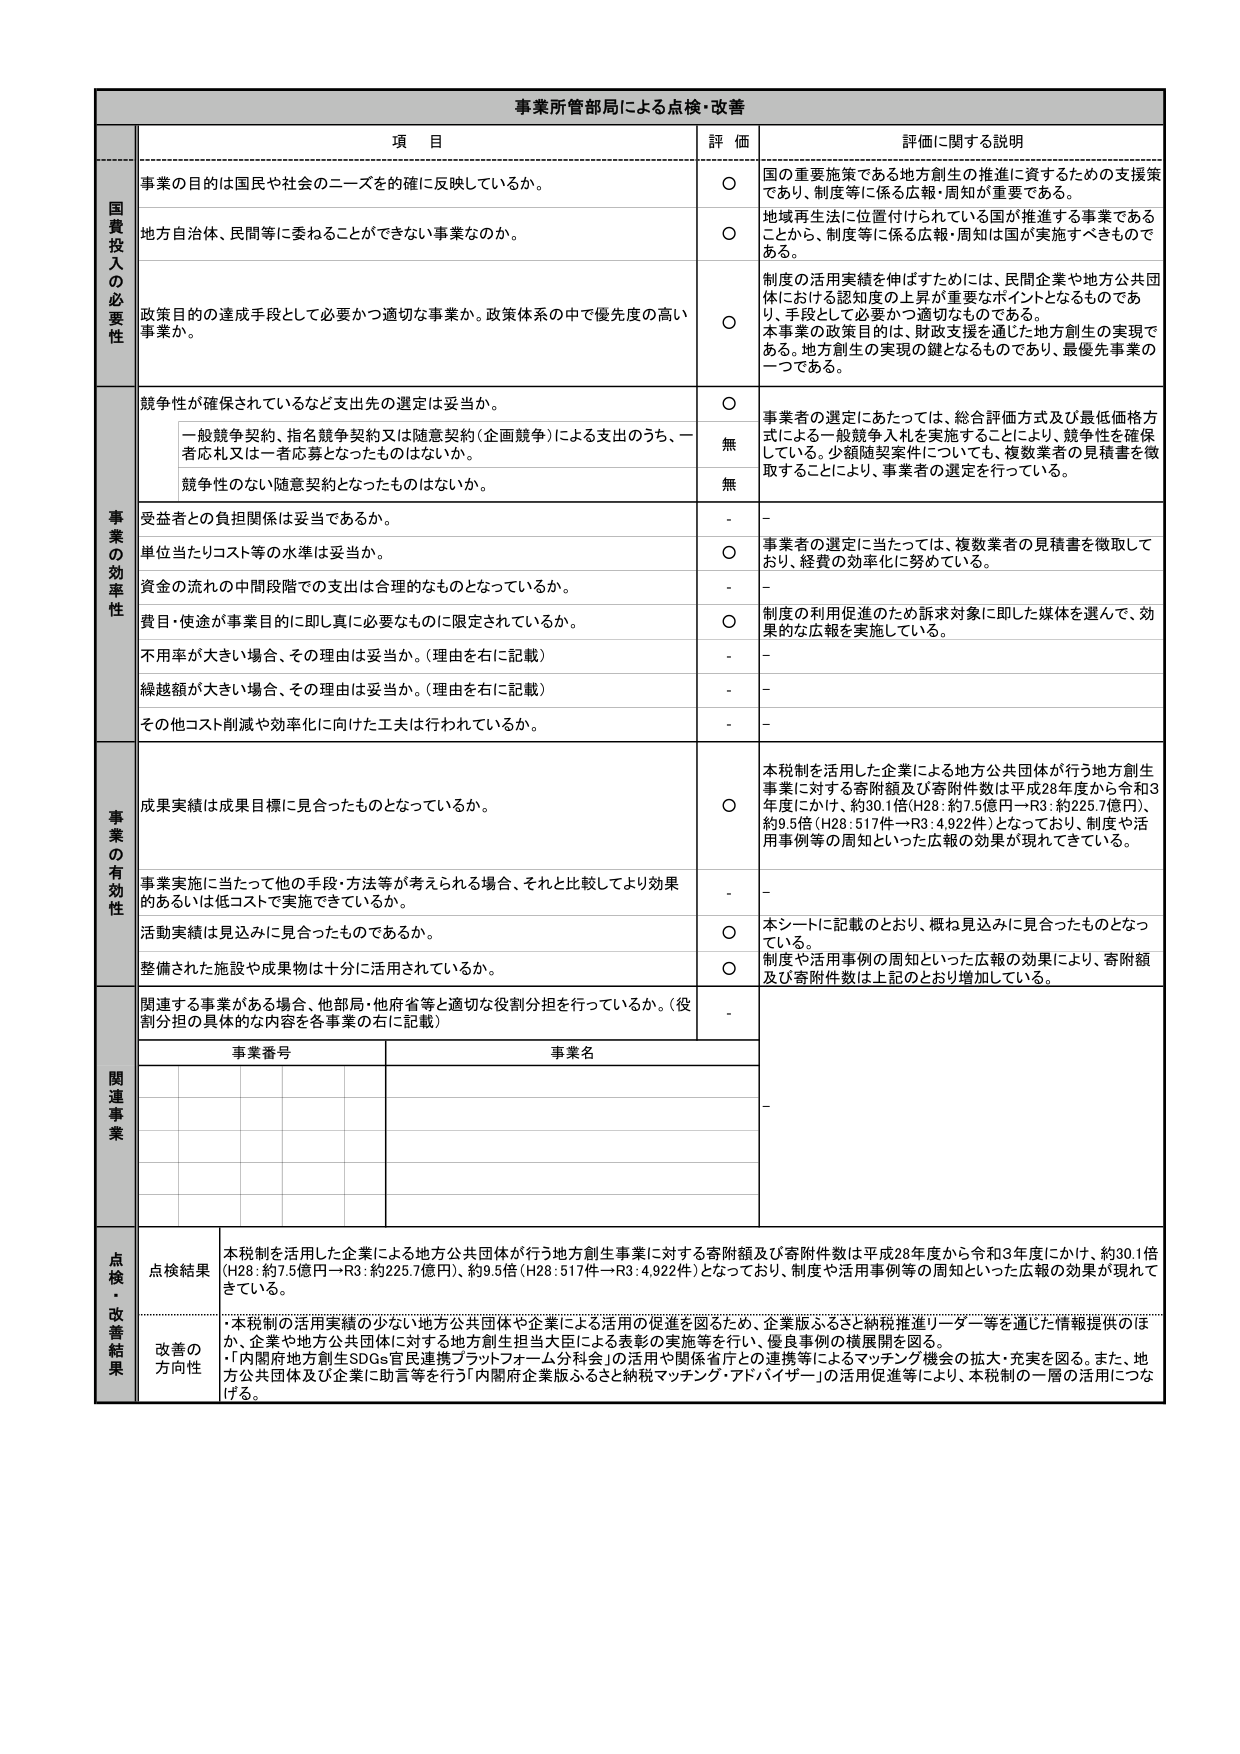
事業所管部局による点検・改善

項 目 評 価 詳細に関する説明

国費投入の必要性
事業の目的は国民や社会のニーズを的確に反映しているか。
〇 国の重要施策である地方創生の推進に資するための支援策であり、制度等に係る広報・周知が重要である。
地方自治体、民間等に委ねることができない事業なのか。
〇 地域再生法に位置付けられている国が推進する事業であることから、制度等に係る広報・周知は国が実施すべきものである。
政策目的の達成手段として必要かつ適切な事業か。政策体系の中で優先度の高い事業か。
〇 制度の活用実績を伸ばすためには、民間企業や地方公共団体における認知度の上昇が重要なポイントとなるものであり、手段として必要かつ適切なものである。本事業の政策目的は、財政支援を通じた地方創生の実現である。地方創生の実現の鍵となるものであり、最優先事業の一つである。

事業の効率性
競争性が確保されているなど支出先の選定は妥当か。
〇 事業者の選定にあたっては、総合評価方式及び最低価格方式による一般競争入札を実施することにより、競争性を確保している。少額随契案件についても、複数業者の見積書を徴取することにより、事業者の選定を行っている。
一般競争契約、指名競争契約又は随意契約（企画競争）による支出のうち、一者応札又は一者応募となったものはないか。
無
競争性のない随意契約となったものはないか。
無
受益者との負担関係は妥当であるか。
- -
単位当たりコスト等の水準は妥当か。
〇 事業者の選定に当たっては、複数業者の見積書を徴取しており、経費の効率化に努めている。
資金の流れの中間段階での支出は合理的なものとなっているか。
- -
費目・使途が事業目的に即し真に必要なものに限定されているか。
〇 制度の利用促進のため訴求対象に即した媒体を選んで、効果的な広報を実施している。
不用率が大きい場合、その理由は妥当か。（理由を右に記載）
- -
繰越額が大きい場合、その理由は妥当か。（理由を右に記載）
- -
その他コスト削減や効率化に向けた工夫は行われているか。
- -

事業の有効性
成果実績は成果目標に見合ったものとなっているか。
〇 本税制を活用した企業による地方公共団体が行う地方創生事業に対する寄附額及び寄附件数は平成28年度から令和3年度にかけ、約30.1倍（H28：約7.5億円→R3：約225.7億円）、約9.5倍（H28：517件→R3：4,922件）となっており、制度や活用事例等の周知といった広報の効果が現れてきている。
事業実施に当たって他の手段・方法等が考えられる場合、それと比較してより効果的あるいは低コストで実施できているか。
- -
活動実績は見込みに見合ったものであるか。
〇 本シートに記載のとおり、概ね見込みに見合ったものとなっている。
整備された施設や成果物は十分に活用されているか。
〇 制度や活用事例の周知といった広報の効果により、寄附額及び寄附件数は上記のとおり増加している。

関連事業
関連する事業がある場合、他部局・他府省等と適切な役割分担を行っているか。（役割分担の具体的な内容を各事業の右に記載）
-
事業番号 事業名
-

点検・改善結果
点検結果 本税制を活用した企業による地方公共団体が行う地方創生事業に対する寄附額及び寄附件数は平成28年度から令和3年度にかけ、約30.1倍（H28：約7.5億円→R3：約225.7億円）、約9.5倍（H28：517件→R3：4,922件）となっており、制度や活用事例等の周知といった広報の効果が現れてきている。
改善の方向性 ・本税制の活用実績の少ない地方公共団体や企業による活用の促進を図るため、企業版ふるさと納税推進リーダー等を通じた情報提供のほか、企業や地方公共団体に対する地方創生担当大臣による表彰の実施等を行い、優良事例の横展開を図る。 ・「内閣府地方創生SDGs官民連携プラットフォーム分科会」の活用や関係省庁との連携等によるマッチング機会の拡大・充実を図る。また、地方公共団体及び企業に助言等を行う「内閣府企業版ふるさと納税マッチング・アドバイザー」の活用促進等により、本税制の一層の活用につなげる。